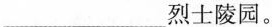
_烈士陵园。